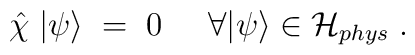
{\hat \chi} \; | \psi \rangle \;=\; 0  \;\;\;\;\; \forall |\psi\rangle \in {\mathcal H}_{phys} \;.